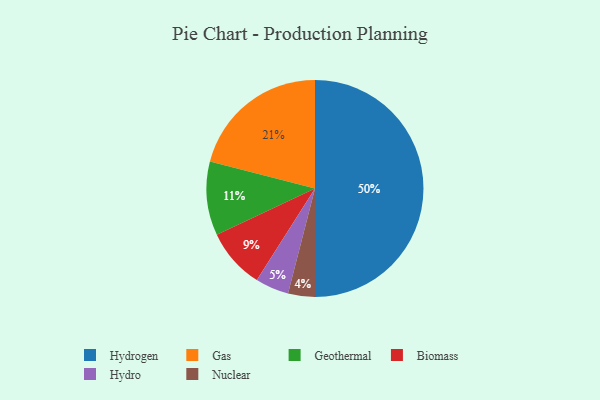
{"axis": {"x": "Category", "y": "Percentage"}, "legend": ["Biomass", "Gas", "Geothermal", "Hydro", "Hydrogen", "Nuclear"], "data": [{"x": "Biomass", "y": 9, "type": "Biomass"}, {"x": "Geothermal", "y": 11, "type": "Geothermal"}, {"x": "Hydro", "y": 5, "type": "Hydro"}, {"x": "Hydrogen", "y": 50, "type": "Hydrogen"}, {"x": "Nuclear", "y": 4, "type": "Nuclear"}, {"x": "Gas", "y": 21, "type": "Gas"}]}